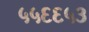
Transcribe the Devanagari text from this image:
५५६६५३